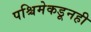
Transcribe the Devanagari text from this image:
पश्चिमेकडूनही